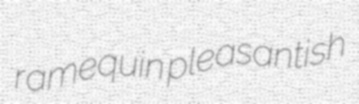
ramequin pleasantish